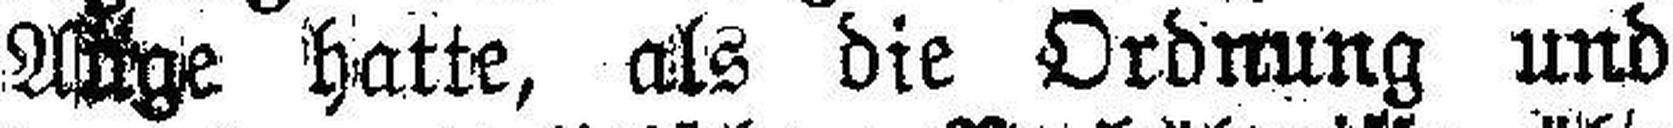
Auge hatte, als die Ordnung und Festigung